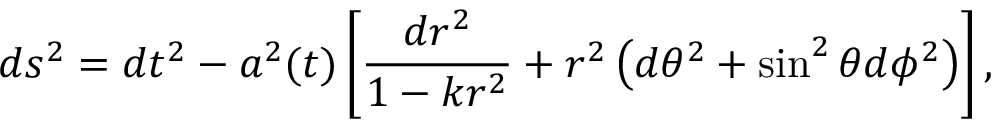
d s ^ { 2 } = d t ^ { 2 } - a ^ { 2 } ( t ) \left[ { \frac { d r ^ { 2 } } { 1 - k r ^ { 2 } } } + r ^ { 2 } \left( d \theta ^ { 2 } + \sin ^ { 2 } \theta d \phi ^ { 2 } \right) \right] ,